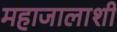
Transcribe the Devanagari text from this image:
महाजालाशी